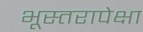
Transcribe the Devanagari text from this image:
भूस्तरापेक्षा